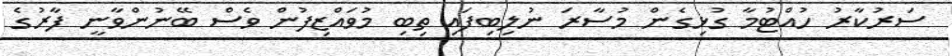
ސަރުކާރު ހުއްޓުމާ ގުޅިގެން މުސާރަ ނުލިބިފައި ތިބި މުވައްޒިފުން ވެސް ބޭނުންވާނީ ފާރުގެ